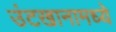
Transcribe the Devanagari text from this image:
उंटखानामध्ये